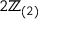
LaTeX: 2 \mathbb { Z } _ { ( 2 ) }